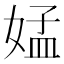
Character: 𡝹